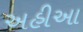
અહીઆ